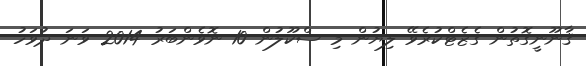
ޤާނޫނީގޮތުން ގެޒެޓްކުރެވޭ ލިޔުން މި ސްކޫލުން 10 ނޮވެންބަރު 2014 ވަނަ ދުވަހު